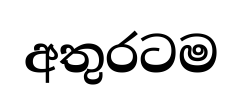
අතුරටම